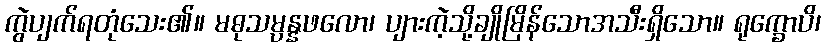
ကွဲပျက်ရတုံသေး၏။ မဓုသမ္ပန္နဖလော၊ ပျားကဲ့သို့ချိုမြိန်သောအသီးရှိသော။ ရုက္ခောပိ၊